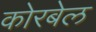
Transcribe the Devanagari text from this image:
कोरबेल